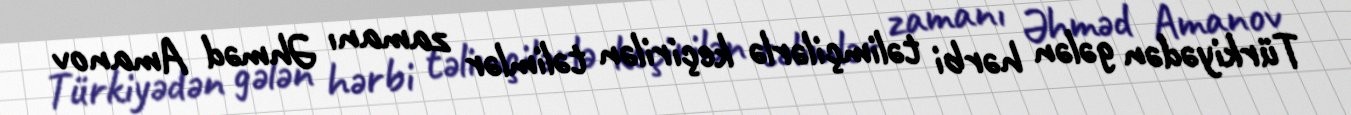
Türkiyədən gələn hərbi təlimçilərlə keçirilən təlimlər zamanı Əhməd Amanov